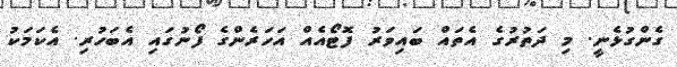
ގެންގުޅެނީ. މި ދަތުރުގެ އެތައް ބައިވަރު ފޮޓޯއެއް އަހަރެންގެ ފޯނުގައި އެބަހުރި. އެކަމަކު